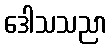
ဒေါသသညာ